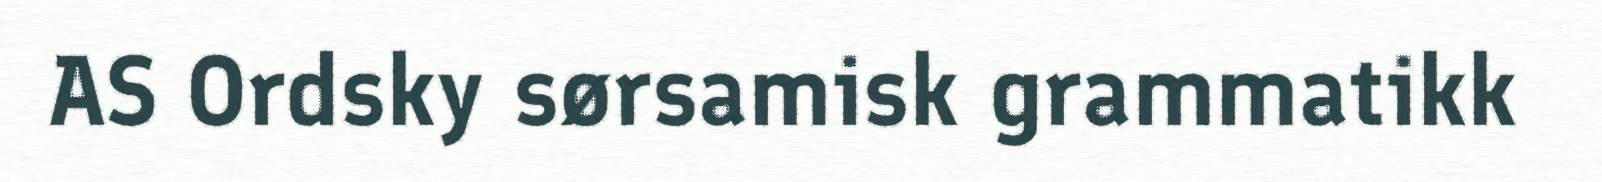
AS Ordsky sørsamisk grammatikk